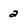
Character: 2